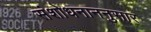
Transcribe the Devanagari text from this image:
संशोधनाननुसार